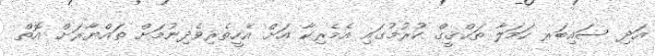
އަދި ސައިބަރ ހަމަލާ ތަޙްޤީޤް ކުރުމުގައި އެމެރިކާ އަށް އެހީތެރިވެދިނުމަށް ތައްޔާރަށް އޮތް